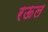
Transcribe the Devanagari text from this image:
रऊल